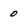
Character: 0